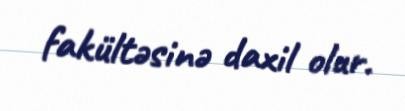
fakültəsinə daxil olur.